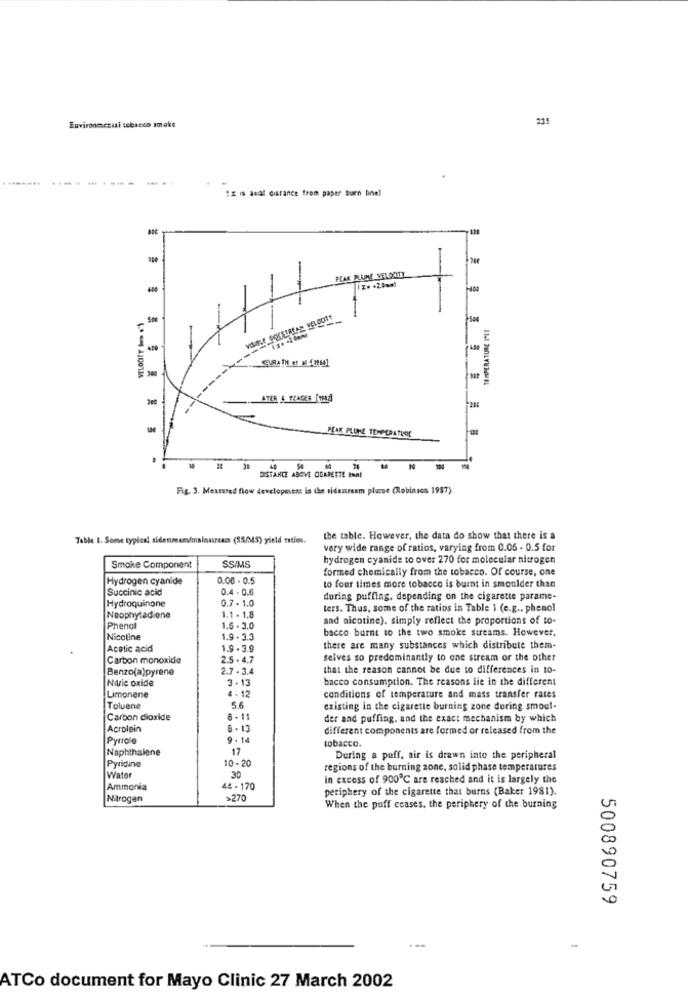
Environmenul tebacco smoke
235
12 is anal distance from paper buen brel
PAE PLUME VELOOTT
18 MPERATURE ICI
---
-
PEAK PLUME TEMPERATURE
10 If " DISTANCE ABOVE
ABOVE OGARETTE ESMI
Fig. 3. Measured flow development in the sidestream plume (Robinson 1987).
Table I. Some typical sidestream/mainstream (SS(MS) yield ratios.
the table. However, the data do show that there is a
very wide range of ratios, varying from 0.06 - 0.5 for
hydrogen cyanide to over 270 for molecular nitrogen
Smoke Component
SSIMS
formed chemically from the tobacco. Of course, one
Hydrogen cyanide
0.06 - 0.5
Succinic acid
0.4 . 0.6
to four times more tobacco is burnt in smoulder than
0.7 - 1.0
during puffing, depending on the cigarette parame-
Hydroquinone
ters. Thus, some of the ratios in Table 1 (e.g ., phenol
Neophytadione
1.1 - 1.8
and nicotine). simply reflect the proportions of to-
Phencl
1.6 - 3.0
bacco burnt to the two smoke streams. However.
Nicotine
1.9 - 3.3
Acetic acid
1.9 - 3.9
there are many substances which distribute them-
Carbon monoxide
2.5 . 4.7
selves so predominantly to one stream or the other
Benzo(a)pyrene
2.7 . 3.4
that the reason cannot be due to differences in 10-
Nitric oxide
3 . 13
bacco consumption. The reasons lie in the different
4.12
Limonene
conditions of temperature and mass transfer rates
Toluene
56
existing in the cigarette burning zone during smoul-
Carbon dioxide
8-11
der and puffing. and the exact mechanism by which
Acrolein
5 - 13
different components are formed or released from the
Pyrole
9 . 12
tobacco.
Naphthalene
17
10 -20
During a puff, air is drawn into the peripheral
Pyridine
30
regions of the burning zone, solid phase temperatures
Water
in excess of 900℃ are reached and it is largely the
Ammonia
44 - 170
periphery of the cigarette that burns (Baker 1981).
Nitrogen
>270
When the puff ceases, the periphery of the burning
500890759
ATCo document for Mayo Clinic 27 March 2002